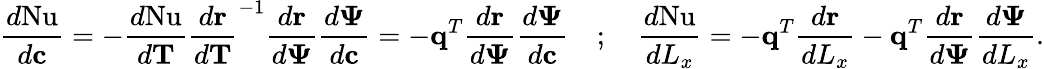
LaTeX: \frac{d\mathrm{Nu}}{d\mathbf{c}}=-\frac{d\mathrm{Nu}}{d\mathbf{T}}\frac{d\mathbf{r}}{d\mathbf{T}}^{-1}\frac{d\mathbf{r}}{d\mathbf{\Psi}}\frac{d\mathbf{\Psi}}{d\mathbf{c}}=-\mathbf{q}^{T}\frac{d\mathbf{r}}{d\mathbf{\Psi}}\frac{d\mathbf{\Psi}}{d\mathbf{c}}\quad;\quad\frac{d\mathrm{Nu}}{dL_{x}}=-\mathbf{q}^{T}\frac{d\mathbf{r}}{dL_{x}}-\mathbf{q}^{T}\frac{d\mathbf{r}}{d\mathbf{\Psi}}\frac{d\mathbf{\Psi}}{dL_{x}}.